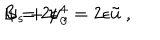
B = 2 \epsilon ~ , \hspace { 1 c m } \psi _ { s } + \psi _ { 0 } ^ { 4 } = 2 \epsilon \tilde { u } ~ ,